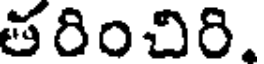
తరించిరి.